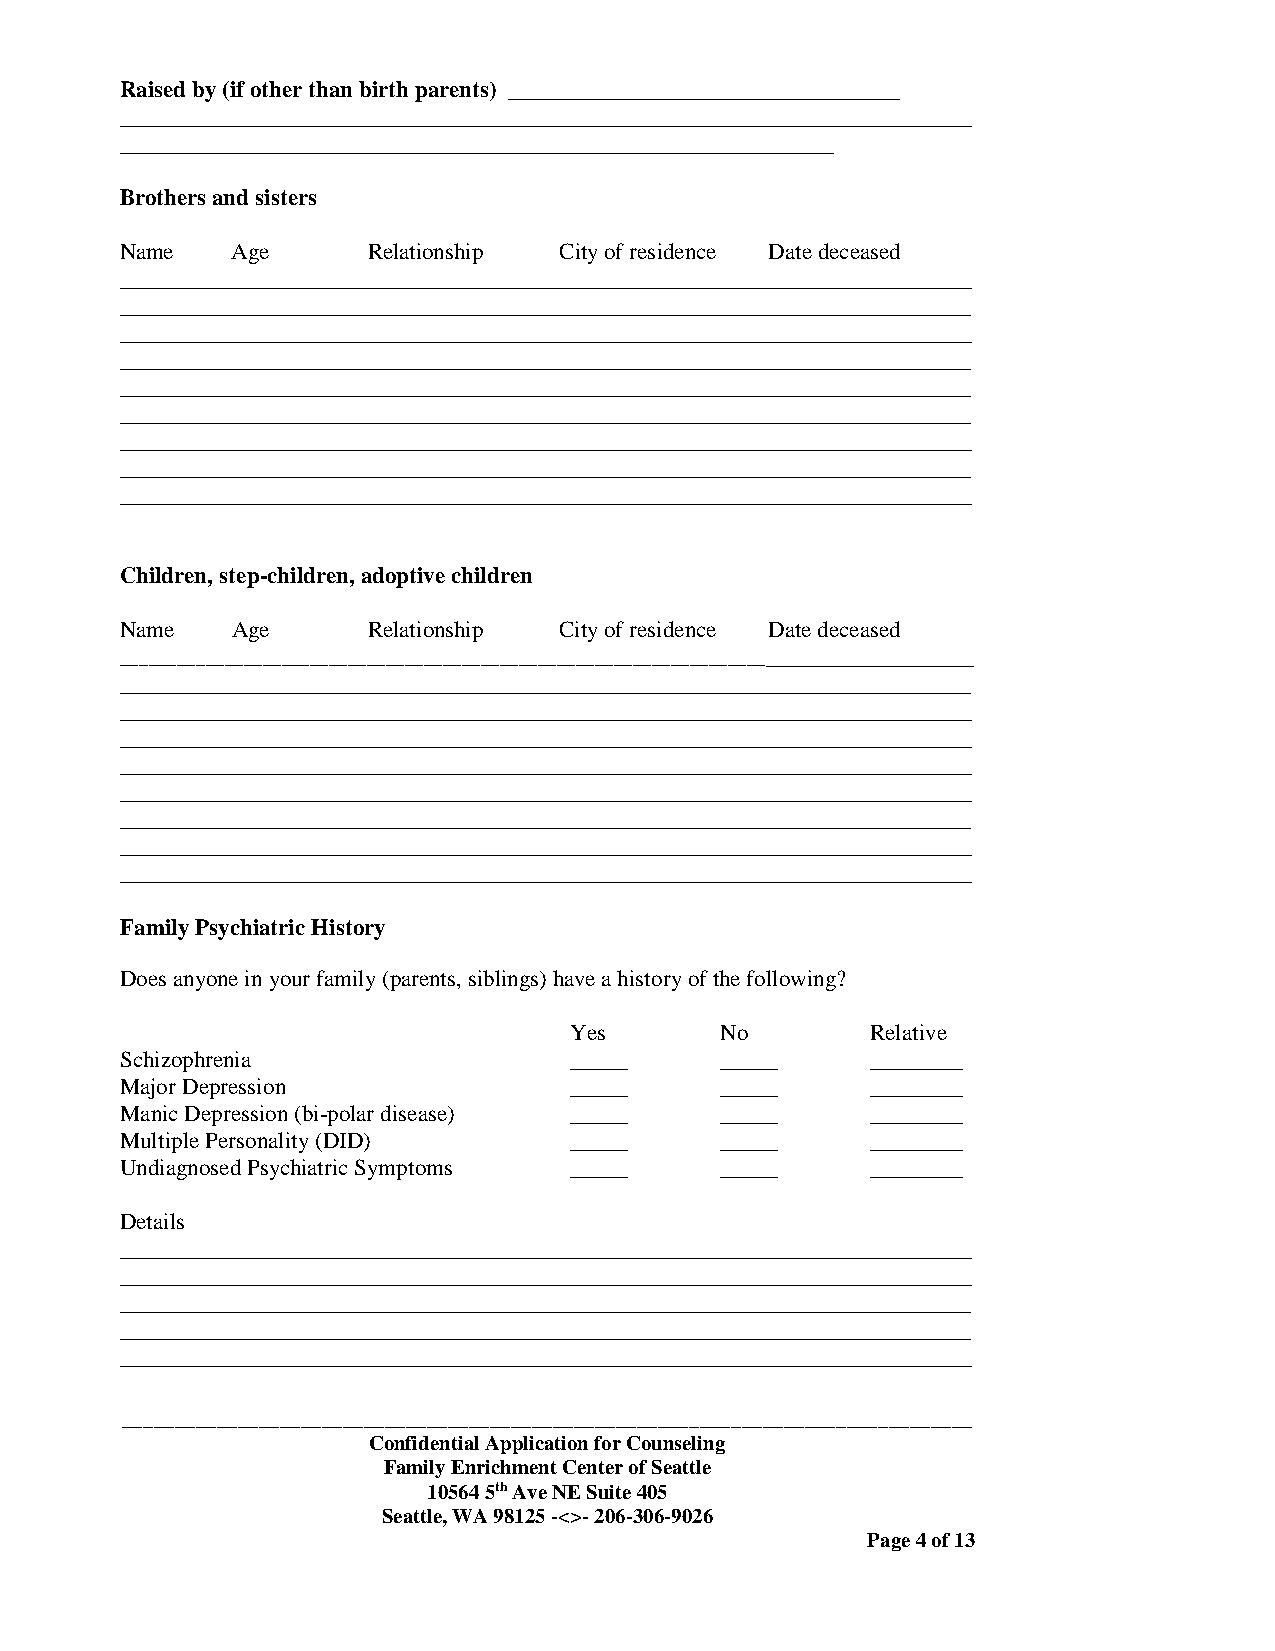
Raised by (if other than birth parents) __________________________________
 __________________________________________________________________________
 ______________________________________________________________
 Brothers and sisters
 Name   Age      Relationship City of residence Date deceased
 __________________________________________________________________________
 __________________________________________________________________________
 __________________________________________________________________________
 __________________________________________________________________________
 __________________________________________________________________________
 __________________________________________________________________________
 __________________________________________________________________________
 __________________________________________________________________________
 __________________________________________________________________________
 Children, step-children, adoptive children
 Name   Age      Relationship City of residence Date deceased
 ______________________________________________________________________________________
 __________________________________________________________________________
 __________________________________________________________________________
 __________________________________________________________________________
 __________________________________________________________________________
 __________________________________________________________________________
 __________________________________________________________________________
 __________________________________________________________________________
 __________________________________________________________________________
 Family Psychiatric History
 Does anyone in your family (parents, siblings) have a history of the following?
 Yes       No        Relative
 Schizophrenia                 _____     _____     ________
 Major Depression              _____     _____     ________
 Manic Depression (bi-polar disease) _____ _____   ________
 Multiple Personality (DID)    _____     _____     ________
 Undiagnosed Psychiatric Symptoms _____  _____     ________
 Details
 __________________________________________________________________________
 __________________________________________________________________________
 __________________________________________________________________________
 __________________________________________________________________________
 __________________________________________________________________________
 _________________________________________________________________________________
 Confidential Application for Counseling
 Family Enrichment Center of Seattle
 10564 5th Ave NE Suite 405
 Seattle, WA 98125 -<>- 206-306-9026
 Page 4 of 13